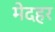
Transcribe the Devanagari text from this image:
मेदहर